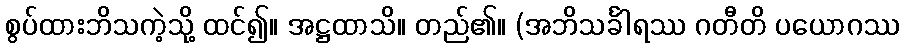
စွပ်ထားဘိသကဲ့သို့ ထင်၍။ အဋ္ဌထာသိ။ တည်၏။ (အဘိသင်္ခါရဿ ဂတီတိ ပယောဂဿ